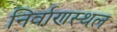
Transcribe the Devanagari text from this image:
निर्वाणस्थल